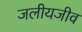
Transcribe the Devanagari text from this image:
जलीयजीव